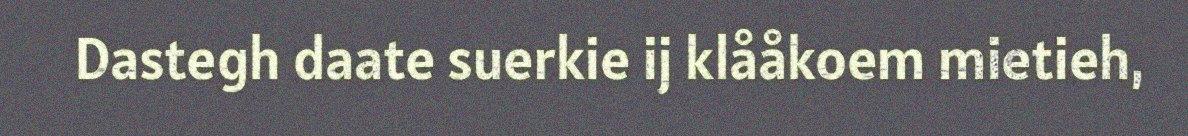
Dastegh daate suerkie ij klååkoem mietieh,